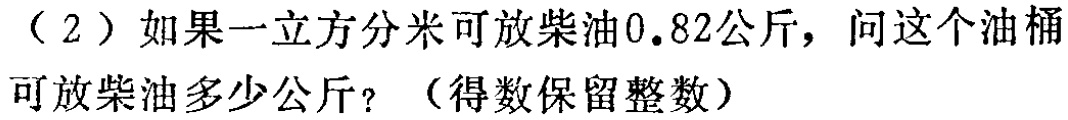
（2）如果一立方分米可放柴油0.82公斤，问这个油桶可放柴油多少公斤？（得数保留整数）